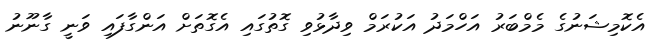
އެކޮމިޝަނުގެ މެމްބަރު އަހްމަދު އަކުރަމް ވިދާޅުވި ގޮތުގައި އެގޮތަށް އަންގާފައި ވަނީ ގާނޫނު